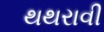
થથરાવી